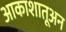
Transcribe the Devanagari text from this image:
आकाशातूअन